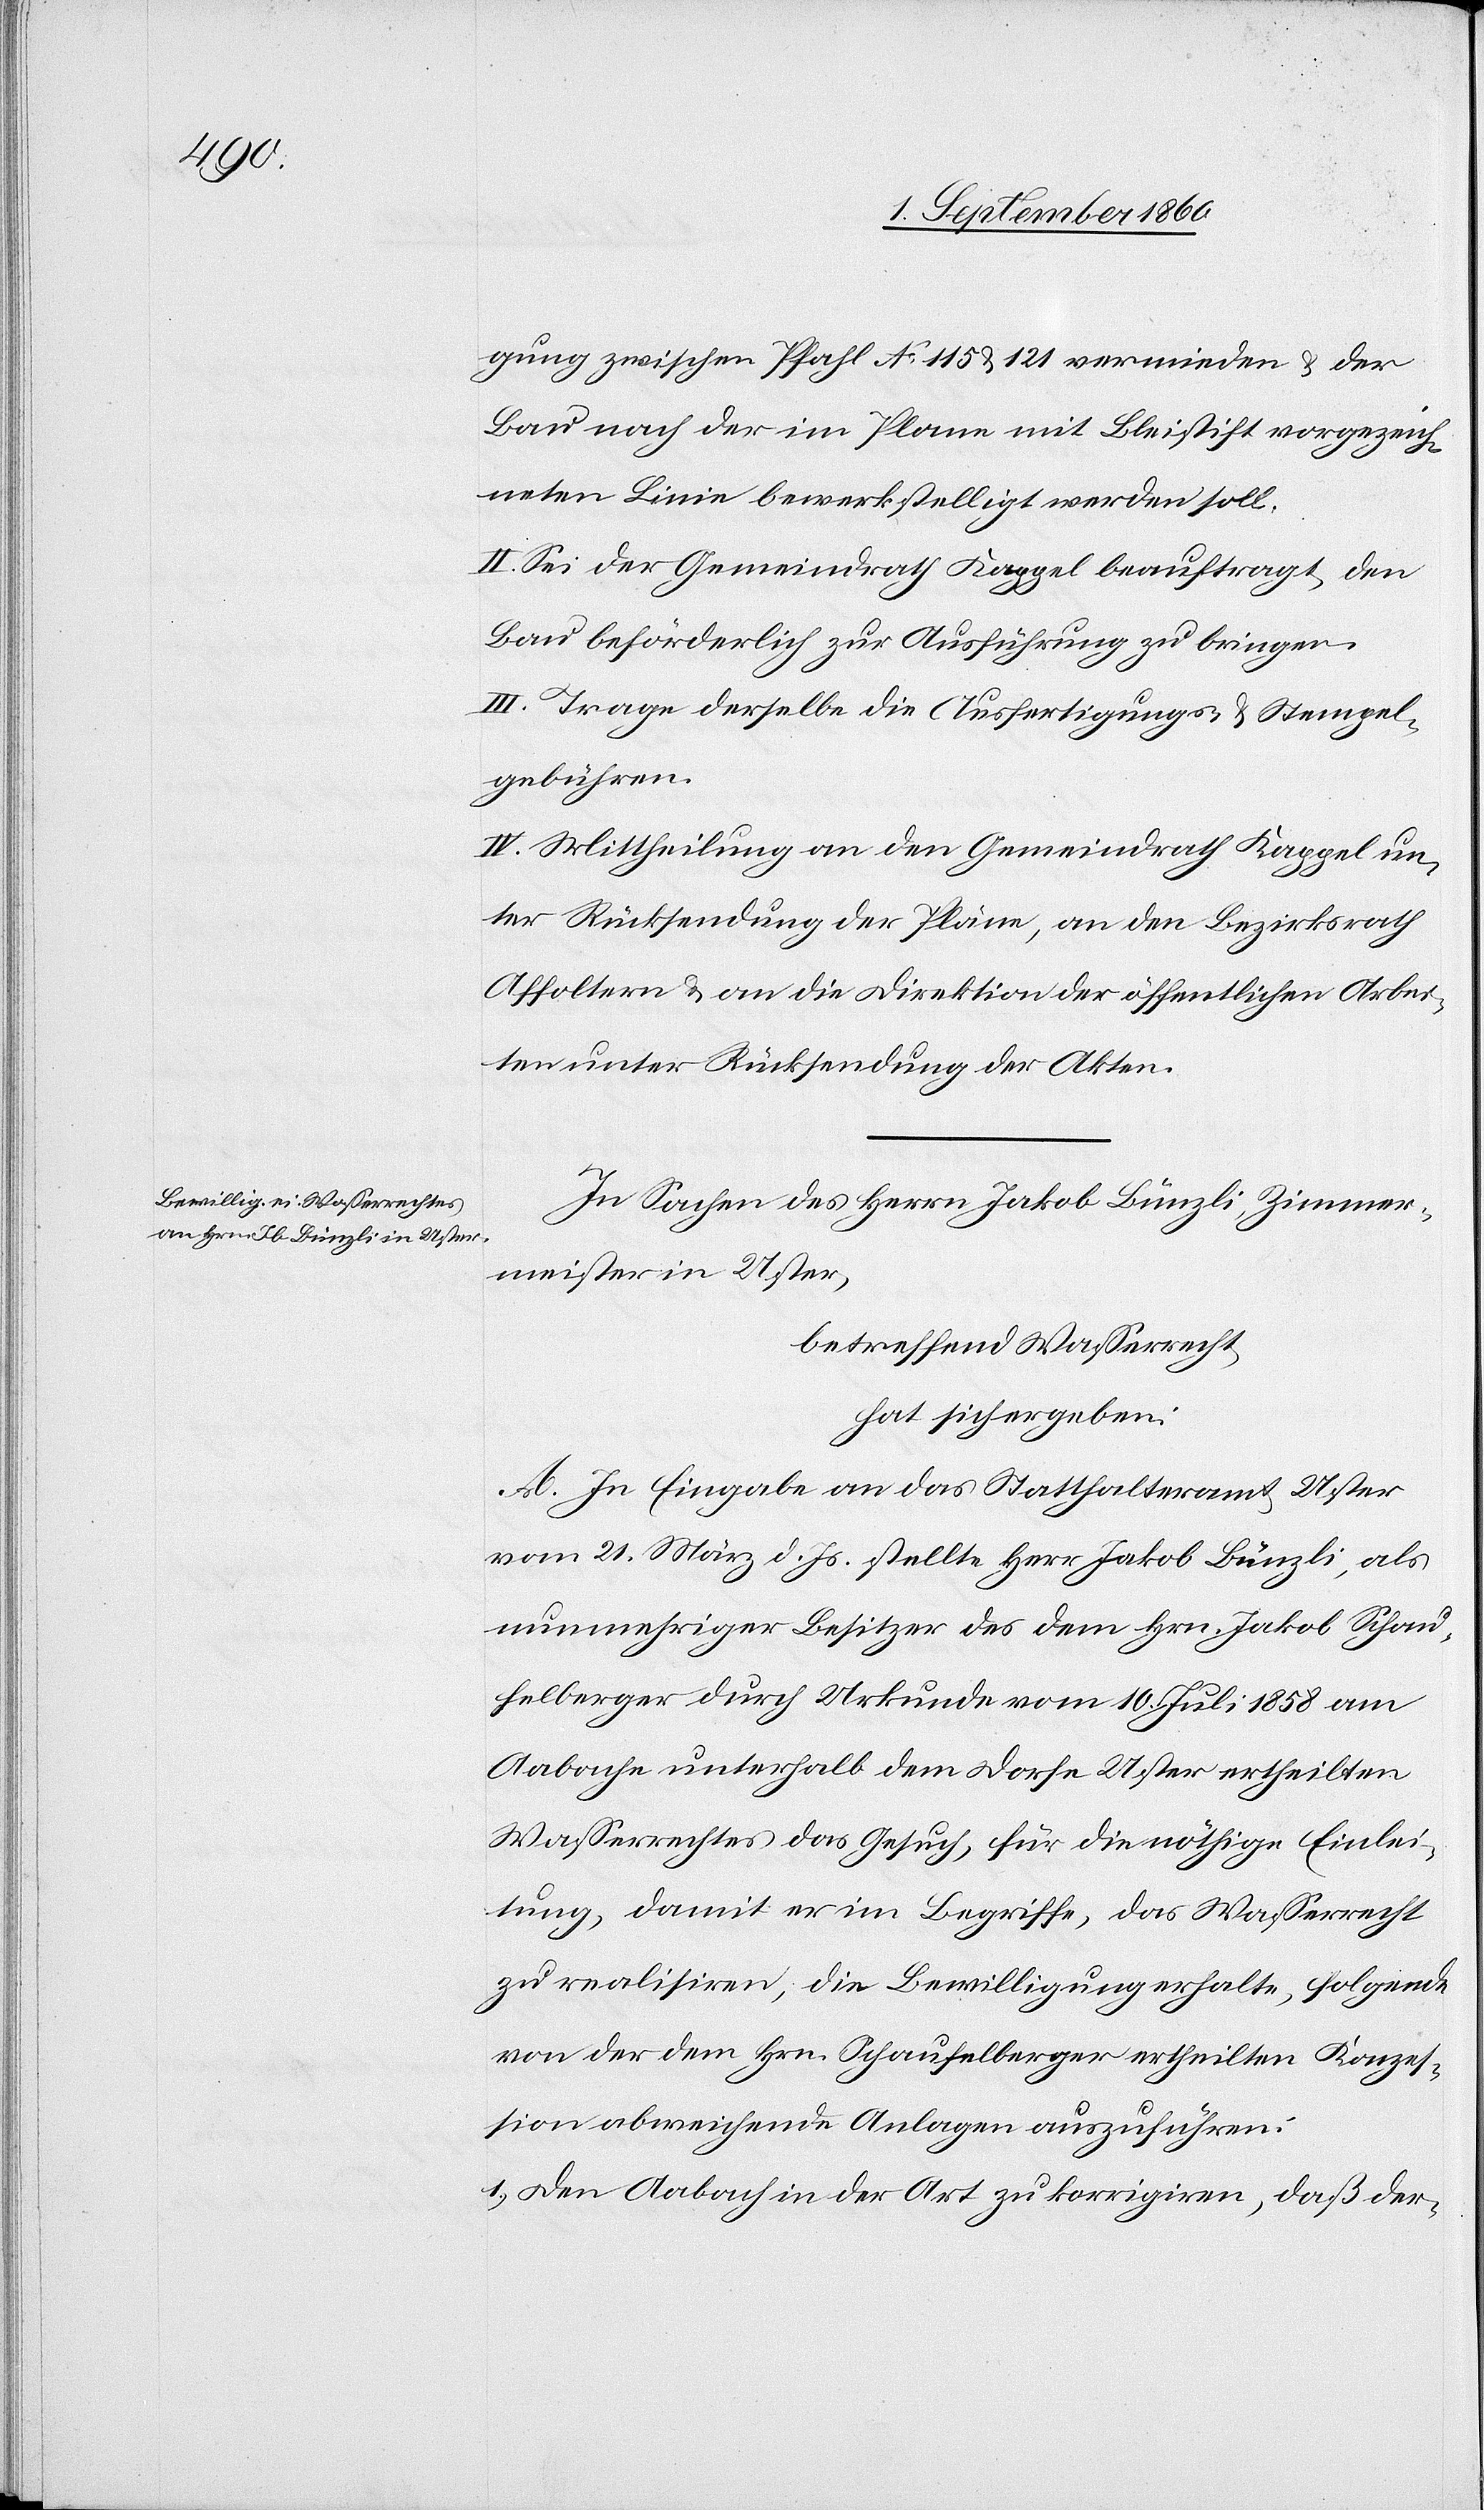
gung zwischen Pfahl No 115 u. 121 vermieden u. der
Bau nach der im Plane mit Bleistift vorgezeich¬
neten Linie bewerkstelligt werden soll.
II. Sei der Gemeindrath Kappel beauftragt, den
Bau beförderlich zur Ausführung zu bringen.
III. Trage derselbe die Ausfertigungs- u. Stempel¬
gebühren.
IV. Mittheilung an den Gemeindrath Kappel un¬
ter Rücksendung der Pläne, an den Bezirksrath
Affoltern u. an die Direktion der öffentlichen Arbei¬
ten unter Rücksendung der Akten.
In Sachen des Herrn Jakob Bünzli, Zimmer¬
meister in Uster
betreffend Wasserrecht,
hat sich ergeben:
A. In Eingabe an das Statthalteramt Uster
vom 21. März d. Js. stellte Hr. Jakob Bünzli, als
nunmehriger Besitzer des dem Hrn. Jakob Schau¬
felberger durch Urkunde vom 10. Heumonat 1858 am
Aabache unterhalb dem Dorfe Uster ertheilten
Wasserrechtes, das Gesuch, für die nöthige Einlei¬
tung, damit er im Begriffe, das Wasserrecht
zu realisiren, die Bewilligung erhalte, folgende
von der dem Hrn. Schaufelberger ertheilten Konzes¬
sion abweichende Anlagen auszuführen:
1) Den Aabach der Art zu korrigiren, dass der-